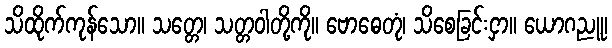
သိထိုက်ကုန်သော။ သတ္တေ၊ သတ္တဝါတို့ကို။ ဗောဓေတုံ၊ သိစေခြင်းငှာ။ ယောဂညူ၊